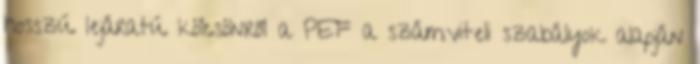
hosszú lejáratú kölcsönről a PEF a számviteli szabályok alapján